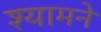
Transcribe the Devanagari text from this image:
श्यामने